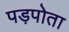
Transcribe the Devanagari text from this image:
पड़पोता